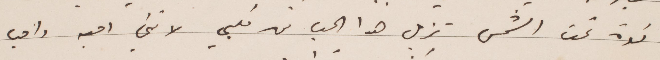
قوة تحت الشمس تزيل هذا الحب في قلبي لانني احبه واحب